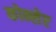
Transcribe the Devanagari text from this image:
कोन्सेप्ट